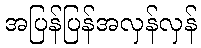
အပြန်ပြန်အလှန်လှန်